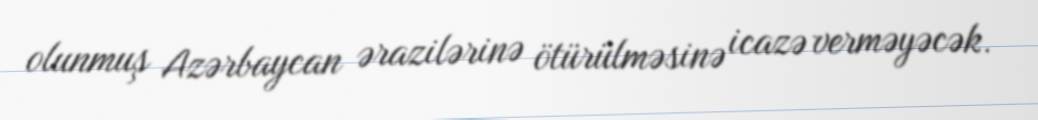
olunmuş Azərbaycan ərazilərinə ötürülməsinə icazə verməyəcək.